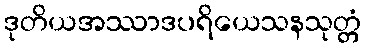
ဒုတိယအဿာဒပရိယေသနသုတ္တံ